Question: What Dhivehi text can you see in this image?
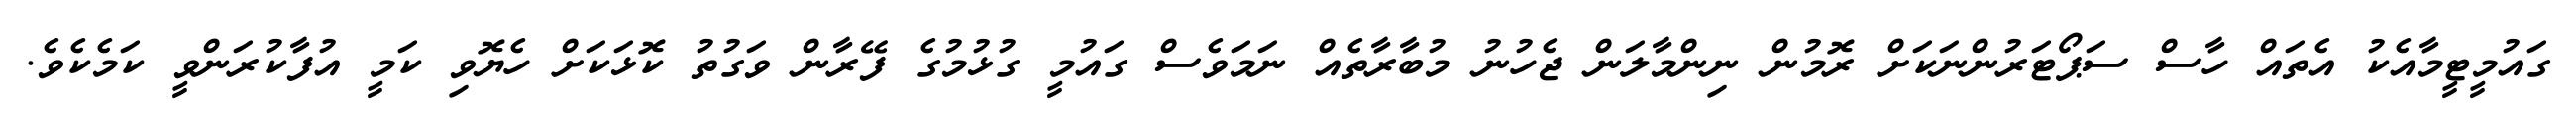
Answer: ގައުމީޓީމާއެކު އެތައް ހާސް ސަޕޯޓަރުންނަކަށް ރޮމުން ނިންމާލަން ޖެހުނު މުބާރާތެއް ނަމަވެސް ގައުމީ ގުޅުމުގެ ފޭރާން ވަގުތު ކޮޅަކަށް ހެޔޮވި ކަމީ އުފާކުރަންވީ ކަމެކެވެ.